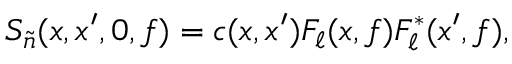
S _ { \widetilde { n } } ( x , x ^ { \prime } , 0 , f ) = c ( x , x ^ { \prime } ) F _ { \ell } ( x , f ) F _ { \ell } ^ { * } ( x ^ { \prime } , f ) ,